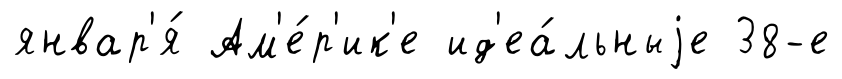
январ'я́ Ам'е́р'ик'е ид'еа́льныjе 38-е